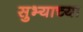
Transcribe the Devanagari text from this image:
सुभ्याच्या